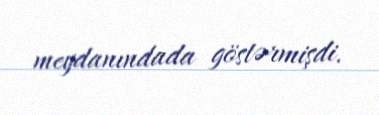
meydanındada göstərmişdi.